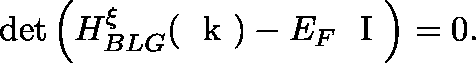
\operatorname* { d e t } \left( H _ { B L G } ^ { \xi } ( \mathrm { ~ \boldmath ~ k ~ } ) - E _ { F } \mathrm { ~ \boldmath ~ I ~ } \right) = 0 .